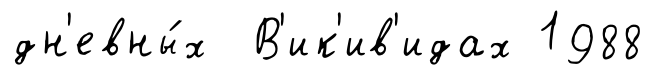
дн'евны́х В'ик'ив'идах 1988